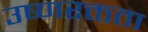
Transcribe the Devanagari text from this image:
उष्णरक्तता